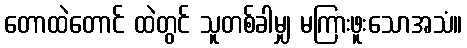
တောထဲတောင် ထဲတွင် သူတစ်ခါမျှ မကြားဖူးသောအသံ။